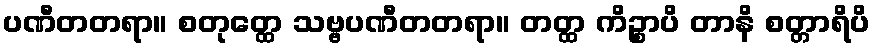
ပဏီတတရာ။ စတုတ္ထေ သဗ္ဗပဏီတတရာ။ တတ္ထ ကိဉ္စာပိ တာနိ စတ္တာရိပိ